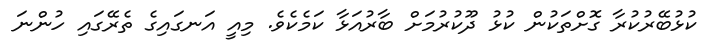
ކުޅުބޭރުކުރާ ގޮށްތަކުން ކުޅު ދޫކުރުމަށް ބާރުއަޅާ ކަމެކެވެ. މިއީ އަނގައިގެ ތެރޭގައި ހުންނަ